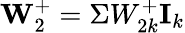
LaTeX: \textbf{W}_{2}^{+}=\Sigma W_{2k}^{+}\textbf{I}_{k}